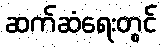
ဆက်ဆံရေးတွင်